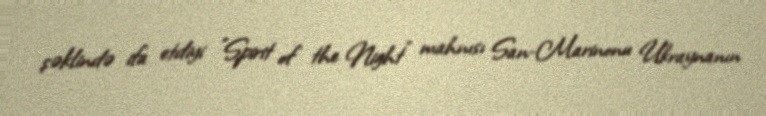
şəklində ifa etdiyi "Spirit of the Night" mahnısı San-Marinonu Ukraynanın